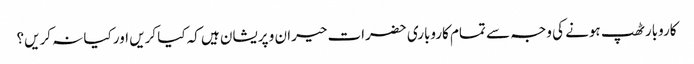
کاروبار ٹھپ ہونے کی وجہ سے تمام کاروباری حضرات حیران و پریشان ہیں کہ کیا کریں اور کیا نہ کریں؟